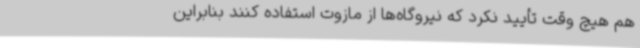
هم هیچ وقت تأیید نکرد که نیروگاه‌ها از مازوت استفاده کنند بنابراین